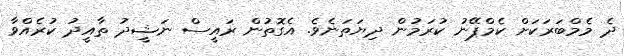
ދެ މެމްބަރަކަށް ކެމްޕޭނު ކުރަމުން ދިޔަތަނެވެ. އެގޮތުން ރައީސް ނަޝީދު ތާއީދު ކުރެއްވާ